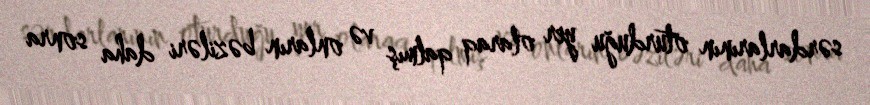
sərdarlarının oturduğu yer olaraq qalmış və onların bəziləri daha sonra